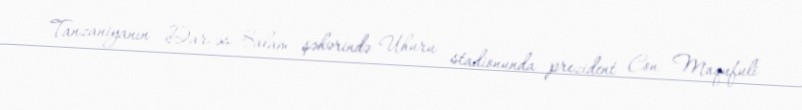
Tanzaniyanın Dar-əs-Salam şəhərində Uhuru stadionunda prezident Con Maqufuli